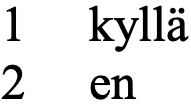
1  kyllä 2  en